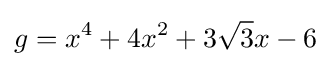
g=x^{4}+4x^{2}+3{\sqrt {3}}x-6